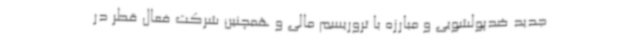
جدید ضدپولشویی و مبارزه با تروریسم مالی و همچنین شرکت فعال قطر در